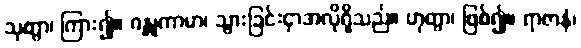
သုတွာ၊ ကြား၍။ ဂန္တုကာမာ၊ သွားခြင်းငှာအလိုရှိသည်။ ဟုတွာ၊ ဖြစ်၍။ ရာဇာနံ၊